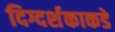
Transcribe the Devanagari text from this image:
दिग्दर्शकाकडे